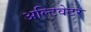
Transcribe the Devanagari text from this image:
अल्टिवेटर